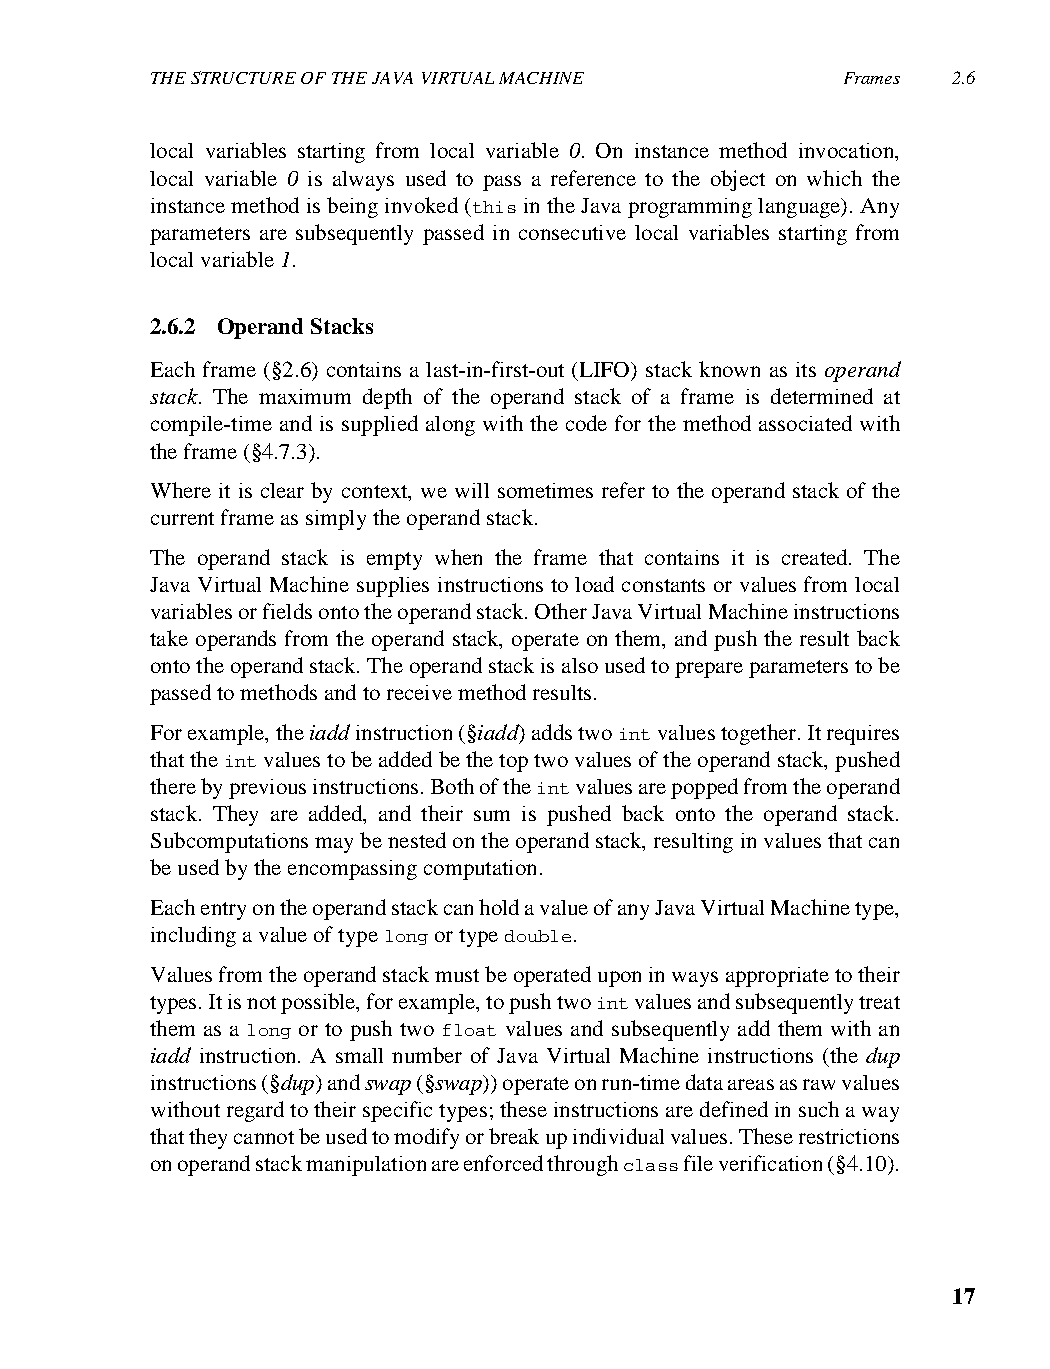
THE STRUCTURE OF THE JAVA VIRTUAL MACHINE     Frames 2.6
 local variables starting from local variable 0. On instance method invocation,
 local variable 0 is always used to pass a reference to the object on which the
 instance method is being invoked (this in the Java programming language). Any
 parameters are subsequently passed in consecutive local variables starting from
 local variable 1.
 2.6.2 Operand Stacks
 Each frame (§2.6) contains a last-in-first-out (LIFO) stack known as its operand
 stack. The maximum depth of the operand stack of a frame is determined at
 compile-time and is supplied along with the code for the method associated with
 the frame (§4.7.3).
 Where it is clear by context, we will sometimes refer to the operand stack of the
 current frame as simply the operand stack.
 The operand stack is empty when the frame that contains it is created. The
 Java Virtual Machine supplies instructions to load constants or values from local
 variables or fields onto the operand stack. Other Java Virtual Machine instructions
 take operands from the operand stack, operate on them, and push the result back
 onto the operand stack. The operand stack is also used to prepare parameters to be
 passed to methods and to receive method results.
 For example, the iadd instruction (§iadd) adds two int values together. It requires
 that the int values to be added be the top two values of the operand stack, pushed
 there by previous instructions. Both of the int values are popped from the operand
 stack. They are added, and their sum is pushed back onto the operand stack.
 Subcomputations may be nested on the operand stack, resulting in values that can
 be used by the encompassing computation.
 Each entry on the operand stack can hold a value of any Java Virtual Machine type,
 including a value of type long or type double.
 Values from the operand stack must be operated upon in ways appropriate to their
 types. It is not possible, for example, to push two int values and subsequently treat
 them as a long or to push two float values and subsequently add them with an
 iadd instruction. A small number of Java Virtual Machine instructions (the dup
 instructions (§dup) and swap (§swap)) operate on run-time data areas as raw values
 without regard to their specific types; these instructions are defined in such a way
 that they cannot be used to modify or break up individual values. These restrictions
 on operand stack manipulation are enforced through class file verification (§4.10).
 17